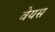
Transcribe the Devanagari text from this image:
वेयस